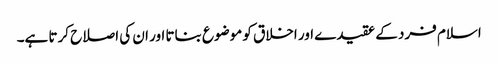
اسلام فرد کے عقیدے اور اخلاق کو موضوع بناتا اور ان کی اصلاح کرتا ہے۔